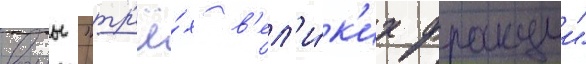
воины "тр'ё́х в'ел'и́к'их фракции"